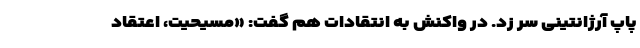
پاپ آرژانتینی سر زد. در واکنش به انتقادات هم گفت: «مسیحیت، اعتقاد